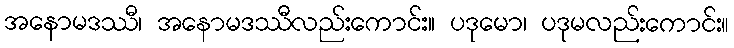
အနောမဒဿီ၊ အနောမဒဿီလည်းကောင်း။ ပဒုမော၊ ပဒုမလည်းကောင်း။